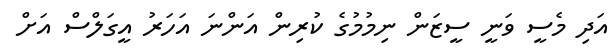
އަދި މެސީ ވަނީ ސީޒަން ނިމުމުގެ ކުރިން އަންނަ އަހަރު އީގަލްސް އަށް